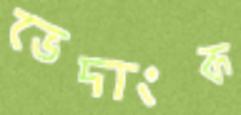
ভেদাংক